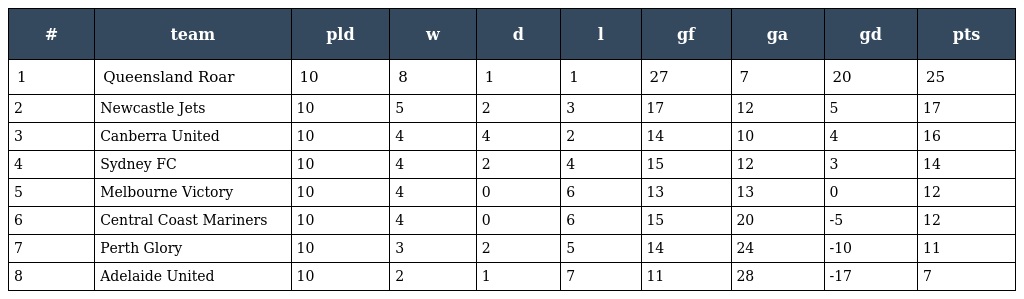
| # | team | pld | w | d | l | gf | ga | gd | pts |
 | --- | --- | --- | --- | --- | --- | --- | --- | --- | --- |
 | 1 | Queensland Roar | 10 | 8 | 1 | 1 | 27 | 7 | 20 | 25 |
 | 2 | Newcastle Jets | 10 | 5 | 2 | 3 | 17 | 12 | 5 | 17 |
 | 3 | Canberra United | 10 | 4 | 4 | 2 | 14 | 10 | 4 | 16 |
 | 4 | Sydney FC | 10 | 4 | 2 | 4 | 15 | 12 | 3 | 14 |
 | 5 | Melbourne Victory | 10 | 4 | 0 | 6 | 13 | 13 | 0 | 12 |
 | 6 | Central Coast Mariners | 10 | 4 | 0 | 6 | 15 | 20 | -5 | 12 |
 | 7 | Perth Glory | 10 | 3 | 2 | 5 | 14 | 24 | -10 | 11 |
 | 8 | Adelaide United | 10 | 2 | 1 | 7 | 11 | 28 | -17 | 7 |